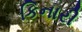
કિનારી